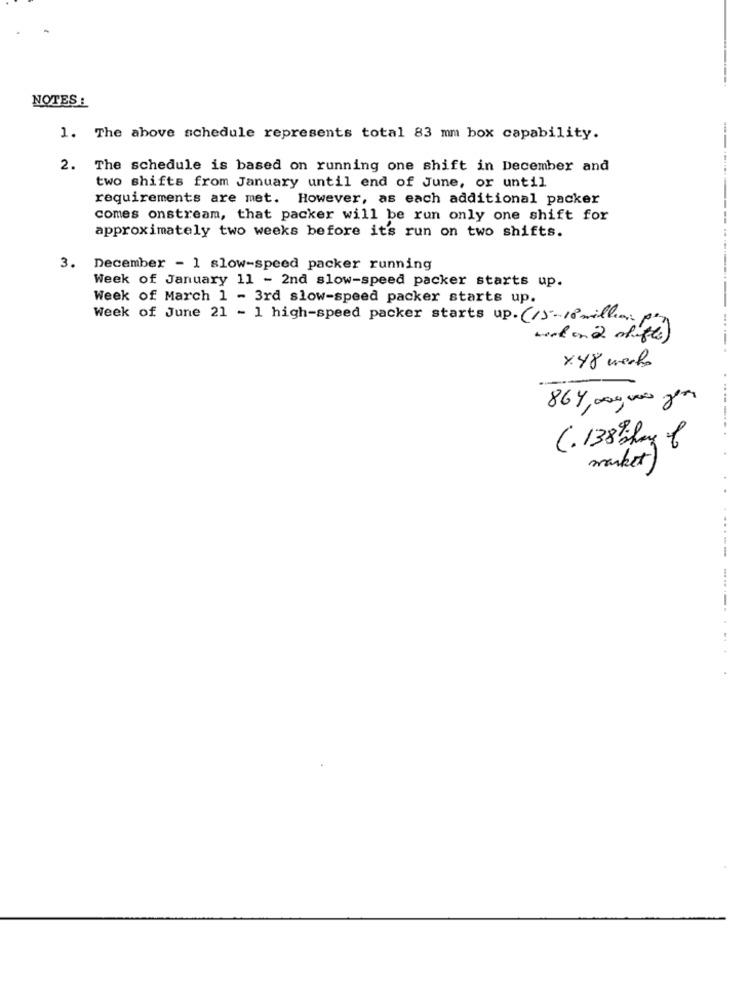
NOTES :
1. The above schedule represents total 83 mm box capability.
2. The schedule is based on running one shift in December and
two shifts from January until end of June, or until
requirements are met. However, as each additional packer
comes onstream, that packer will be run only one shift for
approximately two weeks before its run on two shifts.
3. December - 1 slow-speed packer running
Week of January 11 - 2nd slow-speed packer starts up.
Week of March 1 - 3rd slow-speed packer starts up.
Week of June 21 - 1 high-speed packer starts up. (1)-18million)
work on 2 alife)
xy8 weeks
864,00, 000 per
(.138 ;hay of
.......
market)
------